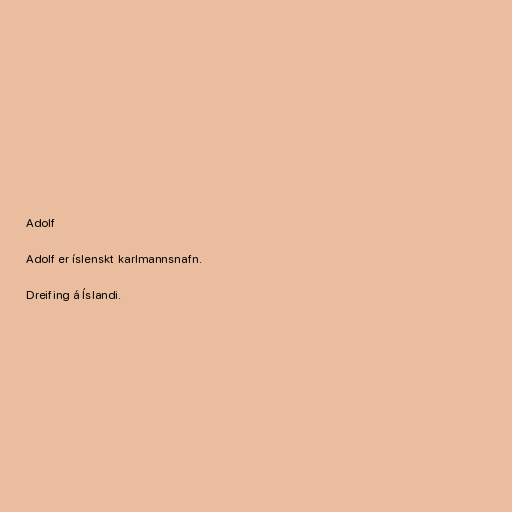
Adolf

Adolf er íslenskt karlmannsnafn.

Dreifing á Íslandi.